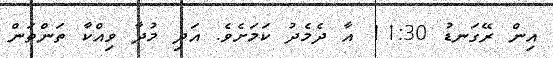
އިން ރޭގަނޑު 11:30 އާ ދެމެދު ކަމަށެވެ. އަދި މުދާ ވިއްކާ ތަންތަން